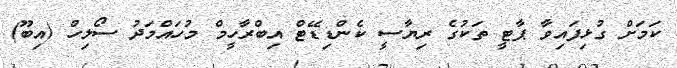
ކަމަށް ގުޅިފައިވާ ޕާޓީ ތަކުގެ ރިޔާސީ ކެންޑިޑޭޓް އިބްރާހީމް މުހައްމަދު ސޯލިހް (އިބޫ)